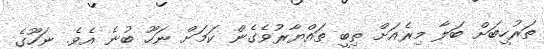
ތަރުހީބަށް ބަލާ މިރެއަށް ތިބީ ތައްޔާރުވެގެން ކަމަށް ނަހޫ ބުނެ އެވެ. ނަހޫގެ